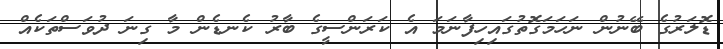
ޑޮލަރުގެ ބޭނުން ނަހަމަގޮތުގައިހިފާނަމަ އެ ކަރަންސީގެ ބާރު ކެނޑެން މާ ގިނަ ދުވަސްތަކެއް